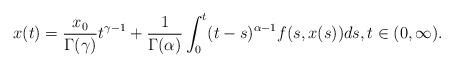
LaTeX: \begin{align*}x(t)=\frac{x_0}{\Gamma(\gamma)}t^{\gamma-1}+\frac{1}{\Gamma(\alpha)}\int_{0}^{t}(t-s)^{\alpha-1}f(s,x(s))ds, t\in(0,\infty).\end{align*}